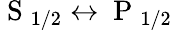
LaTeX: \mathrm{~S~}_{1/2}\leftrightarrow\mathrm{~P~}_{1/2}